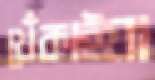
খেঁকাইয়া